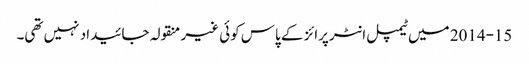
2014-15 میں ٹیمپل انٹرپرائز کے پاس کوئی غیر منقولہ جائیداد نہیں تھی۔